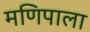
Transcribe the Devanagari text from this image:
मणिपाला